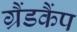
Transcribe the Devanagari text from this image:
ग्रैंडकैंप